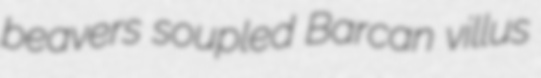
beavers soupled Barcan villus